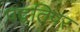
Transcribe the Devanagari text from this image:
पद्वतिपर